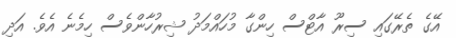
އޭގެ ތެރޭގައި ސިރޫ އާޓްސް ހިންގާ މުހައްމަދު ޝިރުހާންވެސް ހިމެނެ އެވެ. އަދި